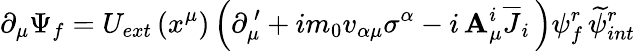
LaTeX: \partial_{\mu}\Psi_{f}=U_{ext}\left(x^{\mu}\right)\left(\partial_{\mu}^{\, \prime}+im_{0}v_{\alpha\mu}\sigma^{\alpha}-i\, \mathbf{A}_{\mu}^{i}\overline{{{J}}}_{i}\, \right)\psi_{f}^{r}\, \widetilde{{\psi}}_{int}^{r}